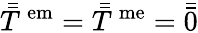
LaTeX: \bar{\bar{T}}^{\, \mathrm{em}}=\bar{\bar{T}}^{\, \mathrm{me}}=\bar{\bar{0}}